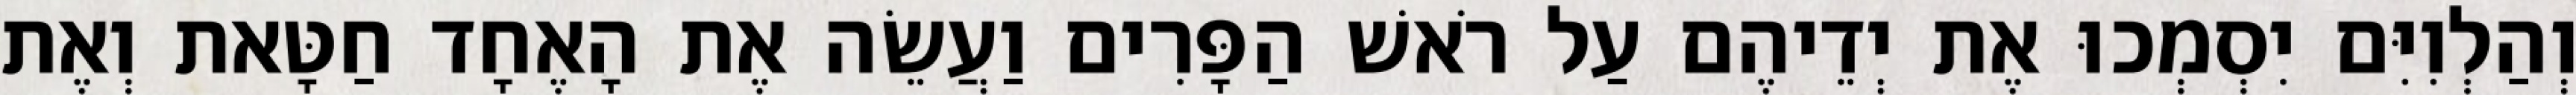
וְהַלְוִיִּם יִסְמְכוּ אֶת יְדֵיהֶם עַל רֹאשׁ הַפָּרִים וַעֲשֵׂה אֶת הָאֶחָד חַטָּאת וְאֶת